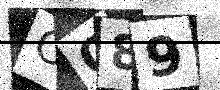
Text: OO89